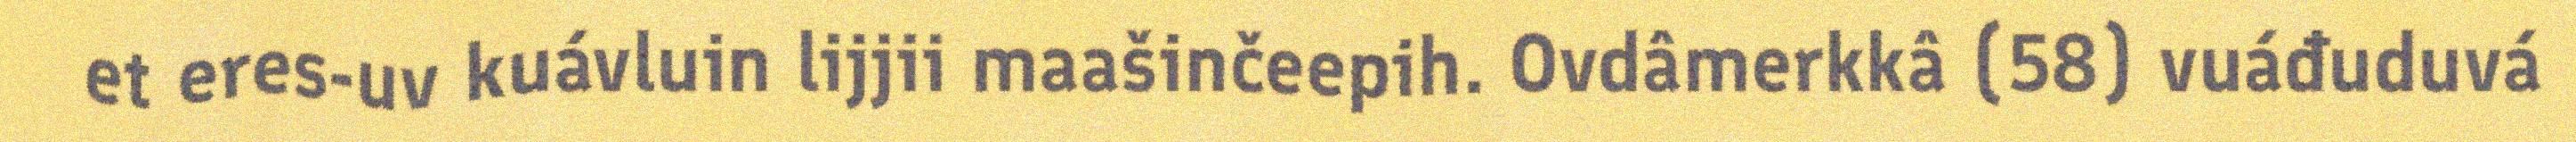
et eres-uv kuávluin lijjii maašinčeepih. Ovdâmerkkâ (58) vuáđuduvá